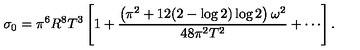
\sigma _ { 0 } = \pi ^ { 6 } R ^ { 8 } T ^ { 3 } \left[ 1 + \frac { \left( \pi ^ { 2 } + 1 2 ( 2 - \log { 2 } ) \log { 2 } \right) \omega ^ { 2 } } { 4 8 \pi ^ { 2 } T ^ { 2 } } + \cdots \right] .